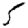
Digit: 5